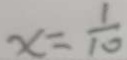
x = \frac { 1 } { 1 0 }